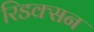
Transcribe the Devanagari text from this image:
रिडक्सन